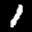
Label: 1